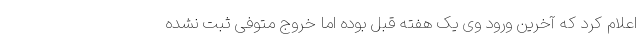
اعلام کرد که آخرین ورود وی یک هفته قبل بوده اما خروج متوفی ثبت نشده